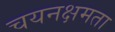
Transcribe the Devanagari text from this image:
चयनक्षमता